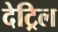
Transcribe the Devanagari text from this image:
देट्रिल